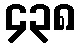
၄၃၈